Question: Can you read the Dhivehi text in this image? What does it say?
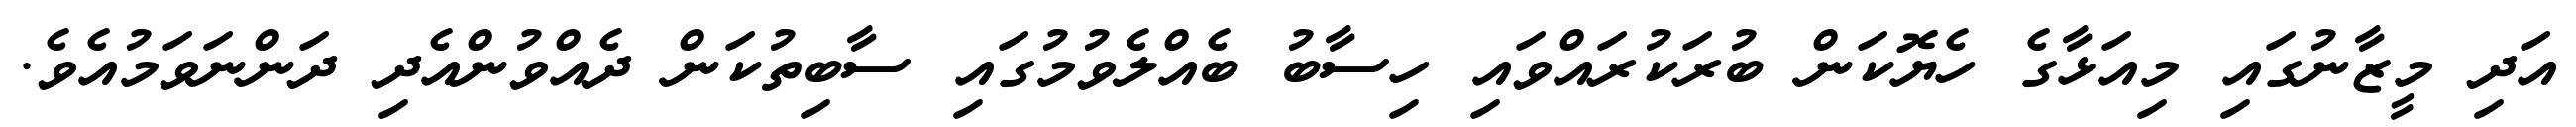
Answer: އަދި މީޒާނުގައި މިއަޅާގެ ހެޔޮކަން ބުރަކުރައްވައި ހިސާބު ބެއްލެވުމުގައި ސާބިތުކަން ދެއްވުންއެދި ދަންނަވަމުއެވެ.